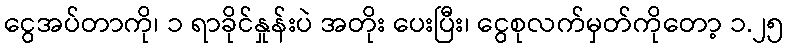
ငွေအပ်တာကို၊ ၁ ရာခိုင်နှုန်းပဲ အတိုး ပေးပြီး၊ ငွေစုလက်မှတ်ကိုတော့ ၁.၂၅